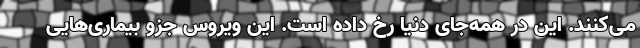
می‌کنند. این در همه‌جای دنیا رخ داده است. این ویروس جزو بیماری‌هایی